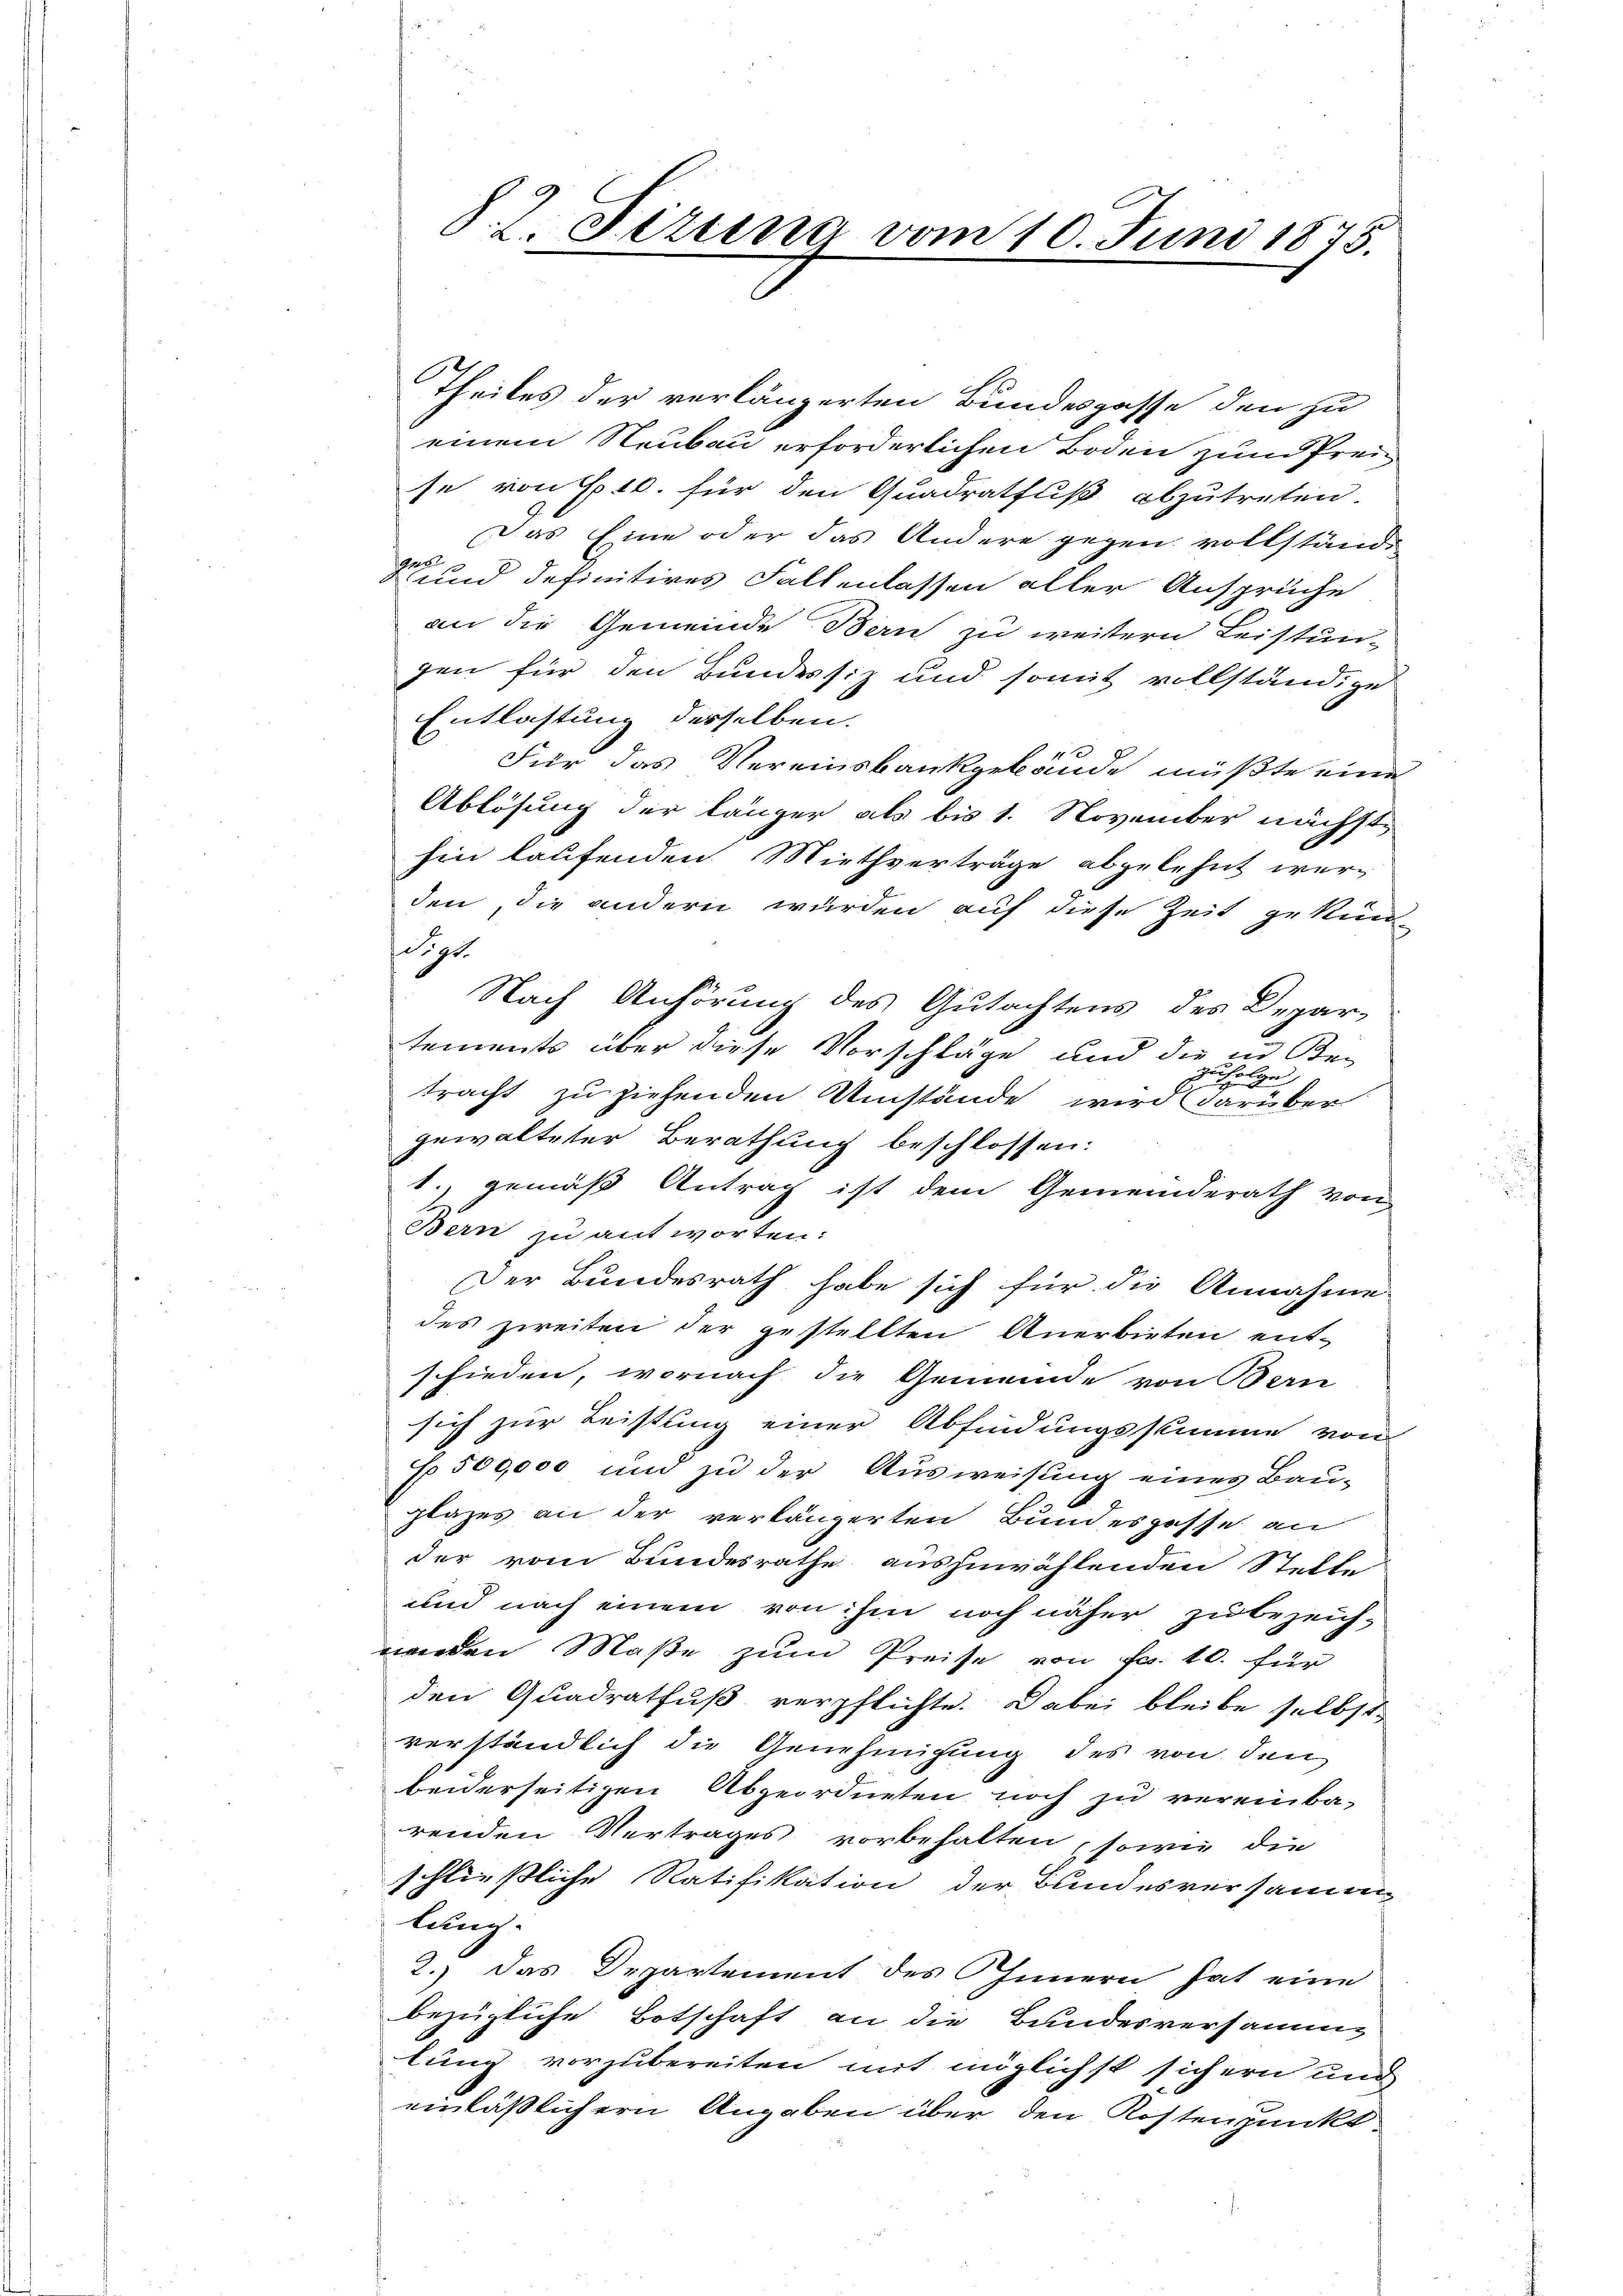
8. L. Strina vom 10. Juni 1875.

Theiles der verlängerten Bundespasse den zu
einem Neubau erforderlichen Boden zum Prei
se von 16. für den Quadratfuß abzutreten.
Das Eine oder das Andere gegen vollständ
Se und definitives Fallenlassen aller Ansprüche
an die Gemeinde Bern zu weitern Leistun-
gen für den Bundessiz und somit vollständige
Entlastung desselben.
Für das Vereinsbankgebäude müßte eine
Ablösung der länger als bis 1. November nächsthin laufenden Miethverträge abgelehnt werden, die andern wurden auf diese Zeit gekün
digt.
Nach Anhörung des Gutachtens des Depar-
tements über diese Vorschläge und die in Besalzen
E
tracht zu ziehenden Umstände wird darüber
gewalteter Berathung beschlossen:
1. gemäß Antrag ist dem Gemeinderath von
Bern zu antworten:
Der Bundesrath habe sich für die Annahme
des zweiten der gestellten Anerbieten ent-
schieden, wornach die Gemeinde von Bern
sich zur Leistung einer Abfindungsstimme von
f 500,000 und zu der Ausweisung eines Bau-
plazes an der verlängerten Bundesgasse an
der vom Bundesrathe auszuwählenden Stelle
und nach einem von ihm noch näher zu bezeich-
nenden Maße zum Preise von Fr. 10. für
den Quadratfuß verpflichte. Dabei bleibe selbst
verständlich die Genehmigung des von den
beiderseitigen Abgeordneten noch zu vereinba-
renden Vertrages vorbehalten sowie die
schließliche Ratifikation der Bundesversamm
lung.
2.) Das Departement des Innern hat eine
bezügliche Botschaft an die Bundesversamm
lung vorzubereiten mit möglichst sichern und
einläßlichern Angaben über den Kostenpunkt